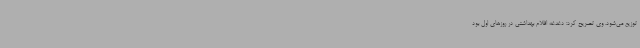
توزیع می‌شود. وی تصریح کرد: دغدغه اقلام بهداشتی در روزهای اول بود